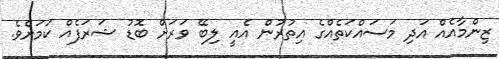
ޒިންމާއެއް އަދި މަސައްކަތެއްގެ އިތުރުން އެއީ ލިބޭ ވަރަށް ބޮޑު ޝަރަފެއް ކަމަށެވެ.